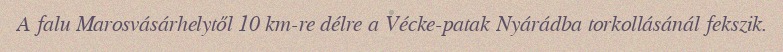
A falu Marosvásárhelytől 10 km-re délre a Vécke-patak Nyárádba torkollásánál fekszik.